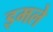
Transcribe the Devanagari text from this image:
इमले